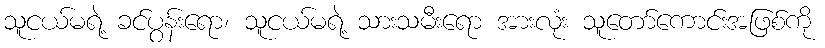
သူငယ်မရဲ့ ခင်ပွန်းရော၊ သူငယ်မရဲ့ သားသမီးရော အားလုံး သူတော်ကောင်းအဖြစ်ကို